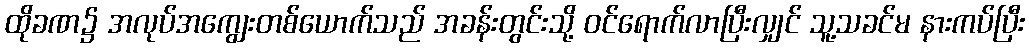
ထိုခဏ၌ အလုပ်အကျွေးတစ်ယောက်သည် အခန်းတွင်းသို့ ဝင်ရောက်လာပြီးလျှင် သူ့သခင်မ နားကပ်ပြီး